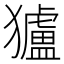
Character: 獹